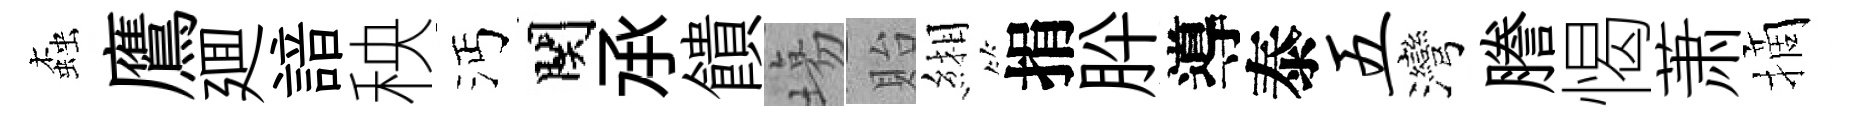
螙鷹廽諳秧沔関𠄘饋塲貽緗捐肸導泰五灣謄愒萧摘